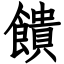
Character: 饋